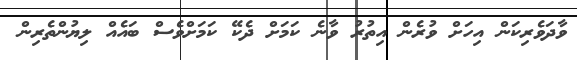
ވާދަވެރިކަން އިހަށް ވުރެން އިތުރު ވާނެ ކަމަށް ދެކޭ ކަމަށްވެސް ބައެއް ލިޔުންތެރިން